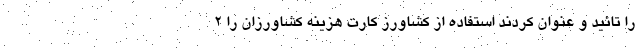
را تائید و عنوان کردند استفاده از کشاورز کارت هزینه کشاورزان را 2